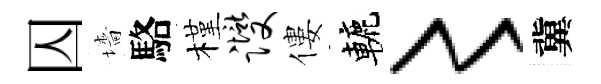
囚墻駱槿躞僂轆〻冀